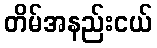
တိမ်အနည်းငယ်